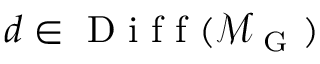
d \in \mathrm { ~ D ~ i ~ f ~ f ~ } ( \mathcal { M } _ { \mathrm { ~ G ~ } } )